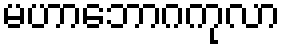
မဟာဘောဂကုလာ